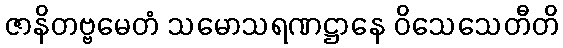
ဇာနိတဗ္ဗမေတံ သမောသရဏဋ္ဌာနေ ဝိသေသေတီတိ